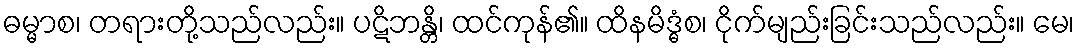
ဓမ္မာစ၊ တရားတို့သည်လည်း။ ပဋိဘန္တိ၊ ထင်ကုန်၏။ ထိနမိဒ္ဓံစ၊ ငိုက်မျည်းခြင်းသည်လည်း။ မေ၊